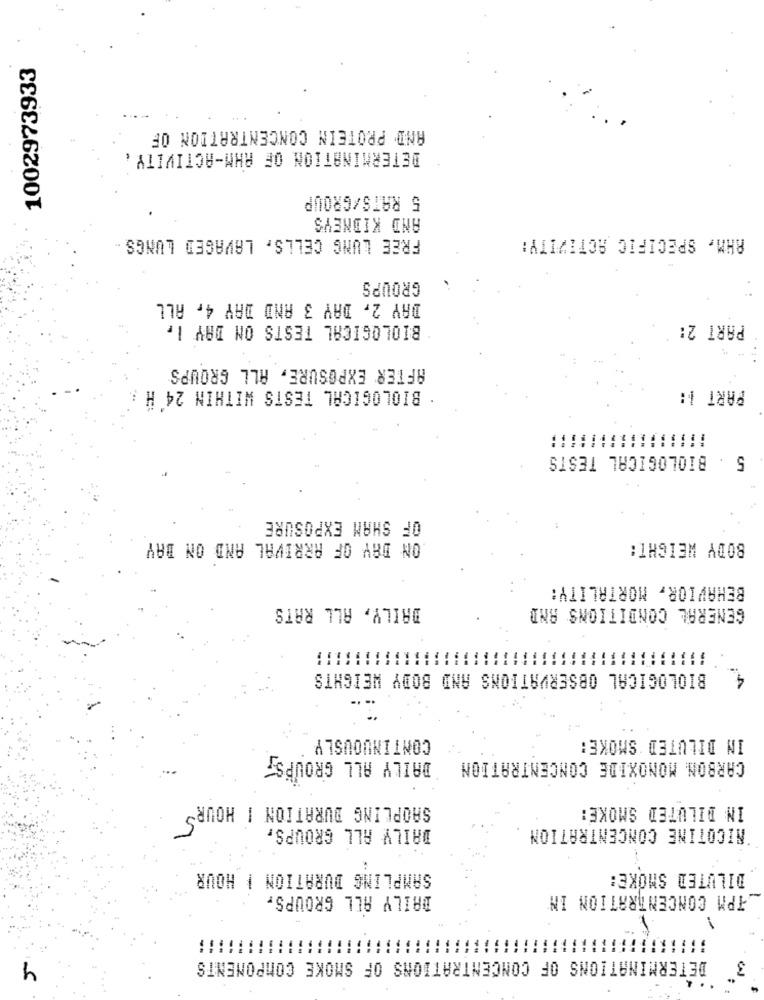
1002973933
AND PROTEIN CONCENTRATION OF
DETERMINATION OF AHM-ACTIVITY .
5 RATS/GROUP
AND KIDNEYS
FREE LUNG CELLS, LAVAGED LUNGS -
AHM, SPECIFIC ACTIVITY:
GROUPS
DAY 2, DAY 3 AND DAY 4, ALL
BIOLOGICAL TESTS ON DAY I,
PART 2:
AFTER EXPOSURE, ALL GROUPS
PART 1:
BIOLOGICAL TESTS WITHIN 24 H
5 . BIOLOGICAL TESTS
OF SHAM EXPOSURE
ON DAY OF ARRIVAL AND ON BAY
BODY WEIGHT:
BEHAVIOR, MORTALITY:
DAILY, ALL RATS
GENERAL CONDITIONS AND
BIOLOGICAL OBSERVATIONS AND BODY WEIGHTS
CONTINUOUSLY
IN DILUTED SMOKE:
DAILY ALL GROUPS,
CARBON MONOXIDE CONCENTRATION
SAOPLING DURATION I HOURS
IN DILUTED SMOKE:
DAILY ALL GROUPS,
NICOTINE CONCENTRATION
SAMPLING DURATION | HOUR
DILUTED SMOKE:
DAILY ALL GROUPS,
TPM CONCENTRATION IN
DETERMINATIONS OF CONCENTRATIONS OF SMOKE COMPONENTS
4